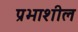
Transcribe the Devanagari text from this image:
प्रभाशील